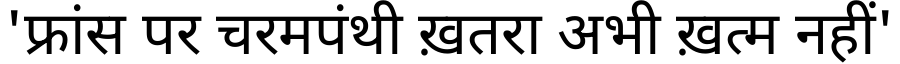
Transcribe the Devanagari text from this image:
'फ्रांस पर चरमपंथी ख़तरा अभी ख़त्म नहीं'